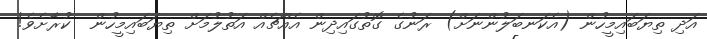
އަދި ތިޔަބައިމީހުން (އެކަނބަލުންނަށް) ރަނުގެ ގޮތުގައިދިން އެއްޗެއް އަތުލުމަށް ތިޔަބައިމީހުން  ކުރާށެވެ!